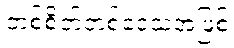
တစ်စိတ်တစ်ဒေသအဖြစ်